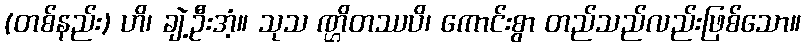
(တစ်နည်း) ဟိ၊ ချဲ့ဦးအံ့။ သုသ ဏ္ဌိတဿပိ၊ ကောင်းစွာ တည်သည်လည်းဖြစ်သော။